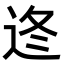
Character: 𨒟